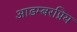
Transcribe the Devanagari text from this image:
आडम्बरप्रिय